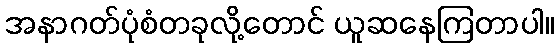
အနာဂတ်ပုံစံတခုလို့တောင် ယူဆနေကြတာပါ။